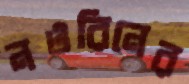
নওরিনের